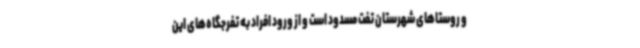
و روستاهای شهرستان تفت مسدود است و از ورود افراد به تفرجگاه‌های این